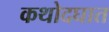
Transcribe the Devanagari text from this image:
कथोदघात